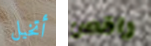
أتخيل راقص